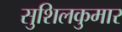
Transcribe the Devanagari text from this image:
सुशिलकुमार